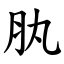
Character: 肒